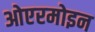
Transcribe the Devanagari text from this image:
ओएरमोइन